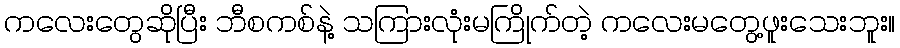
ကလေးတွေဆိုပြီး ဘီစကစ်နဲ့ သကြားလုံးမကြိုက်တဲ့ ကလေးမတွေ့ဖူးသေးဘူး။